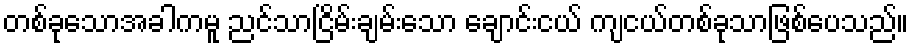
တစ်ခုသောအခါကမူ ညင်သာငြိမ်းချမ်းသော ချောင်းငယ် ကျငယ်တစ်ခုသာဖြစ်ပေသည်။